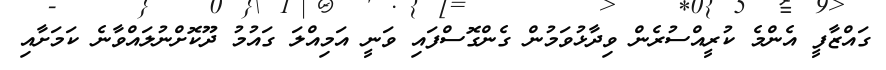
ގައްޒާފީ އެންމެ ކުރީއްސުރެން ވިދާޅުވަމުން ގެންގޮސްފައި ވަނީ އަމިއްލަ ގައުމު ދޫކޮށްނުލައްވާނެ ކަމަށާއި